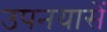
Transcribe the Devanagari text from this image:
उपनयासें